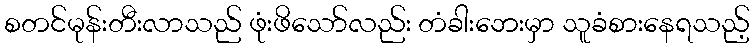
စတင်မုန်းတီးလာသည် ဖုံးဖိသော်လည်း တံခါးဘေးမှာ သူခံစားနေရသည့်